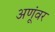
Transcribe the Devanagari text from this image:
अणूंवर